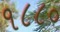
૧૮૮૦